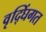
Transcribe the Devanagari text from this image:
वृद्घिंगत